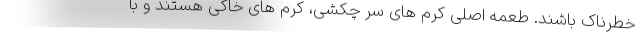
خطرناک باشند. طعمه اصلی کرم های سر چکشی، کرم های خاکی هستند و با